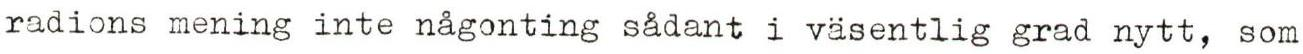
radions mening inte någonting sådant i väsentlig grad nytt, som